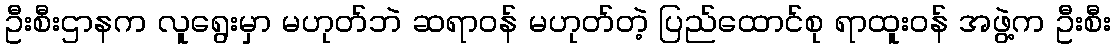
ဦးစီးဌာနက လူရွေးမှာ မဟုတ်ဘဲ ဆရာဝန် မဟုတ်တဲ့ ပြည်ထောင်စု ရာထူးဝန် အဖွဲ့က ဦးစီး